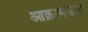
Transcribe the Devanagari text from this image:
आक्रत्मकता